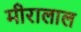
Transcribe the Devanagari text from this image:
मीरालाल